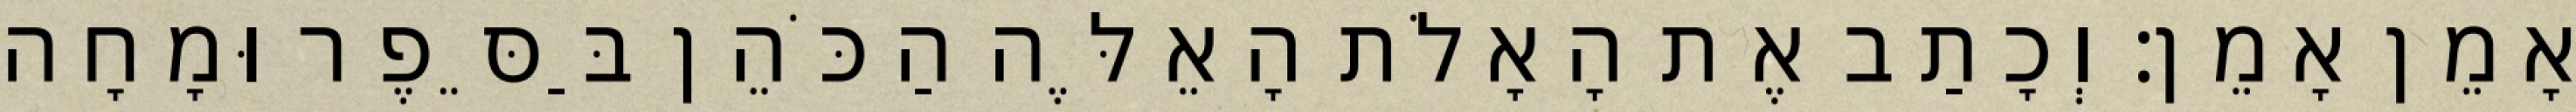
אָמֵן אָמֵן׃ וְכָתַב אֶת הָאָלֹת הָאֵלֶּה הַכֹּהֵן בַּסֵּפֶר וּמָחָה